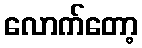
လောက်တော့